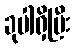
ခုပါရှိပြီး